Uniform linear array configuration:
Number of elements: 64
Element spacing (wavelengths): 0.5
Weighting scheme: kaiser
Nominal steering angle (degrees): -15
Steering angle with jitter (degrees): -13.787
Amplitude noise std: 0.05
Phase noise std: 0.05

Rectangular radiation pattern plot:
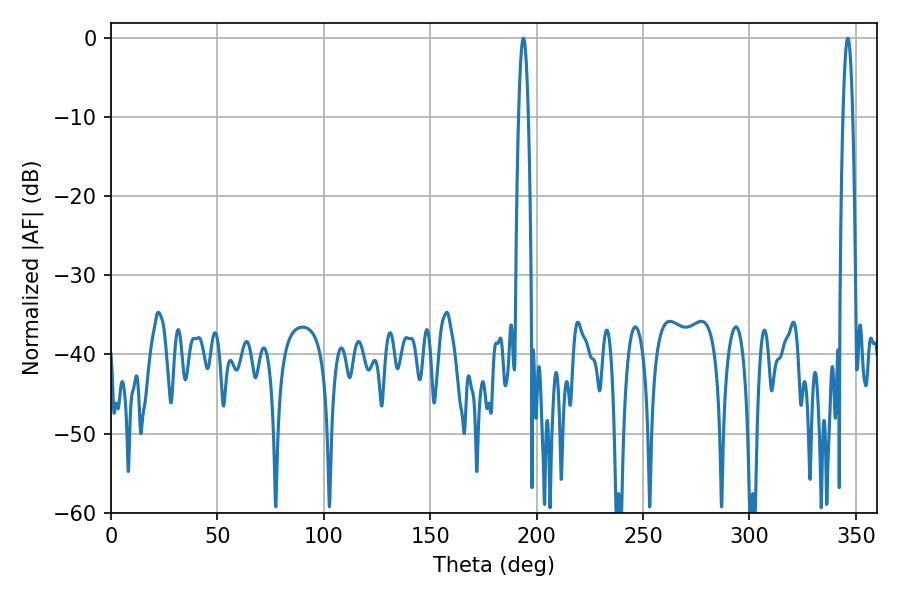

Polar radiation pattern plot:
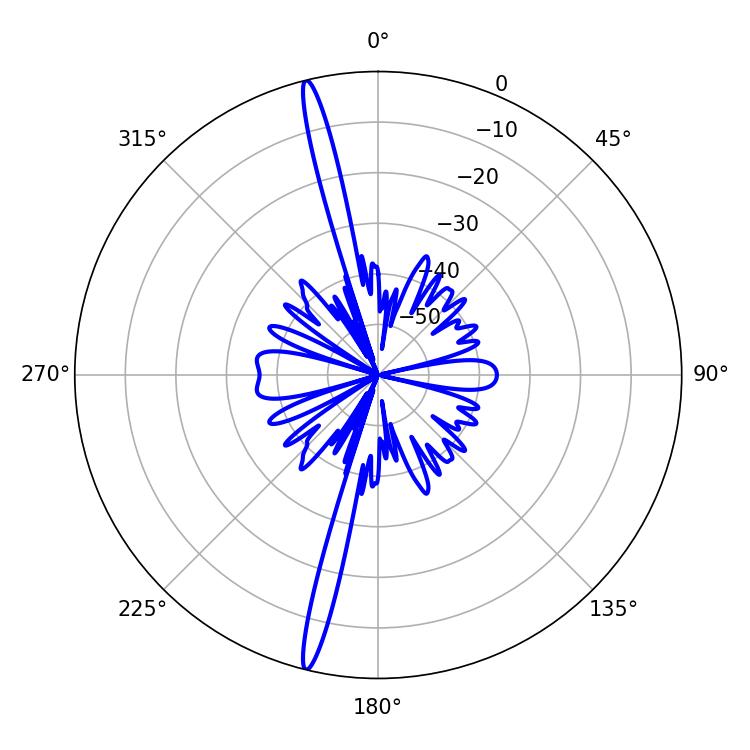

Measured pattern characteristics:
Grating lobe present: FALSE
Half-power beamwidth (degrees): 2.34
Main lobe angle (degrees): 193.86